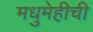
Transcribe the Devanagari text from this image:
मधुमेहीची